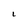
Character: L